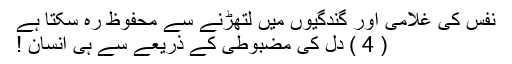
نفس کی غلامی اور گندگیوں میں لتھڑنے سے محفوظ رہ سکتا ہے
( 4 ) دل کی مضبوطی کے ذریعے سے ہی انسان !